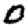
Digit: 0